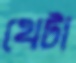
থেটা